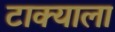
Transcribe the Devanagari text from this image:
टाक्याला